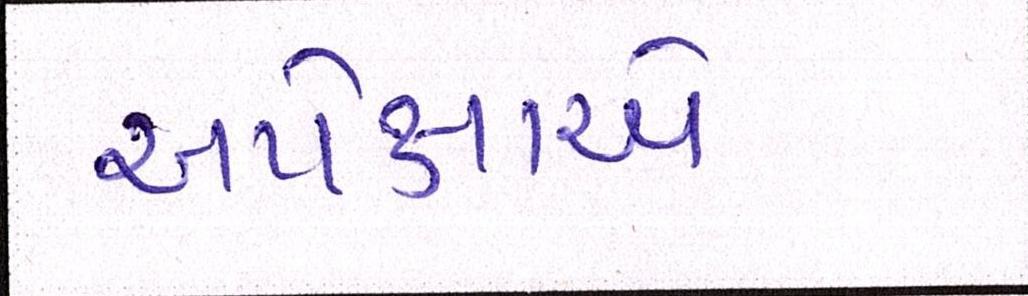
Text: અપેક્ષાએ